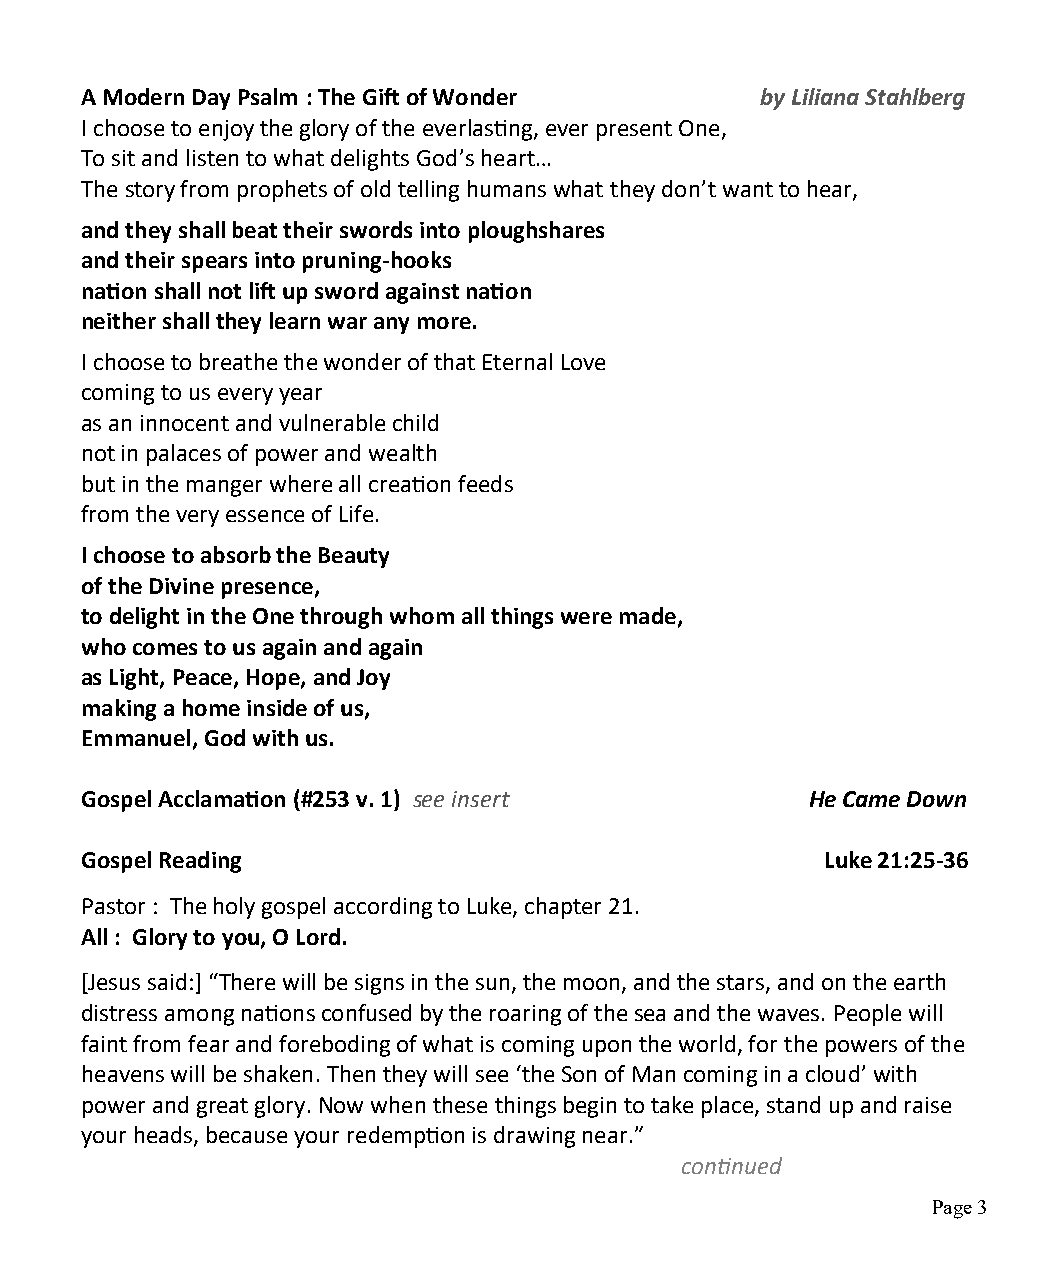
A Modern Day Psalm : The Gift of Wonder      by Liliana Stahlberg
 I choose to enjoy the glory of the everlasting, ever present One,
 To sit and listen to what delights God’s heart…
 The story from prophets of old telling humans what they don’t want to hear,
 and they shall beat their swords into ploughshares
 and their spears into pruning-hooks
 nation shall not lift up sword against nation
 neither shall they learn war any more.
 I choose to breathe the wonder of that Eternal Love
 coming to us every year
 as an innocent and vulnerable child
 not in palaces of power and wealth
 but in the manger where all creation feeds
 from the very essence of Life.
 I choose to absorb the Beauty
 of the Divine presence,
 to delight in the One through whom all things were made,
 who comes to us again and again
 as Light, Peace, Hope, and Joy
 making a home inside of us,
 Emmanuel, God with us.
 Gospel Acclamation (#253 v. 1) see insert        He Came Down
 Gospel Reading                                    Luke 21:25-36
 Pastor : The holy gospel according to Luke, chapter 21.
 All : Glory to you, O Lord.
 [Jesus said:] “There will be signs in the sun, the moon, and the stars, and on the earth
 distress among nations confused by the roaring of the sea and the waves. People will
 faint from fear and foreboding of what is coming upon the world, for the powers of the
 heavens will be shaken. Then they will see ‘the Son of Man coming in a cloud’ with
 power and great glory. Now when these things begin to take place, stand up and raise
 your heads, because your redemption is drawing near.”
 continued
 Page 3